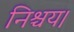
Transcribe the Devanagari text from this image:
निश्चय।